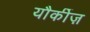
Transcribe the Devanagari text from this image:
यौर्कीज़